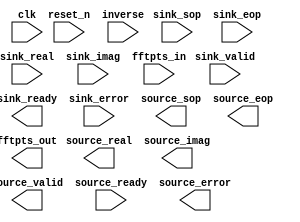

module fft_block (
	clk,
	reset_n,
	sink_valid,
	sink_ready,
	sink_error,
	sink_sop,
	sink_eop,
	sink_real,
	sink_imag,
	fftpts_in,
	inverse,
	source_valid,
	source_ready,
	source_error,
	source_sop,
	source_eop,
	source_real,
	source_imag,
	fftpts_out);	

	input		clk;
	input		reset_n;
	input		sink_valid;
	output		sink_ready;
	input	[1:0]	sink_error;
	input		sink_sop;
	input		sink_eop;
	input	[7:0]	sink_real;
	input	[7:0]	sink_imag;
	input	[8:0]	fftpts_in;
	input	[0:0]	inverse;
	output		source_valid;
	input		source_ready;
	output	[1:0]	source_error;
	output		source_sop;
	output		source_eop;
	output	[15:0]	source_real;
	output	[15:0]	source_imag;
	output	[8:0]	fftpts_out;
endmodule